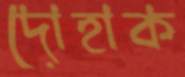
দোহাক